Annual returns of the Patna Lunatic Asylum at Bankipore in Bihar and Orissa - 1912-1924
Year: 1912
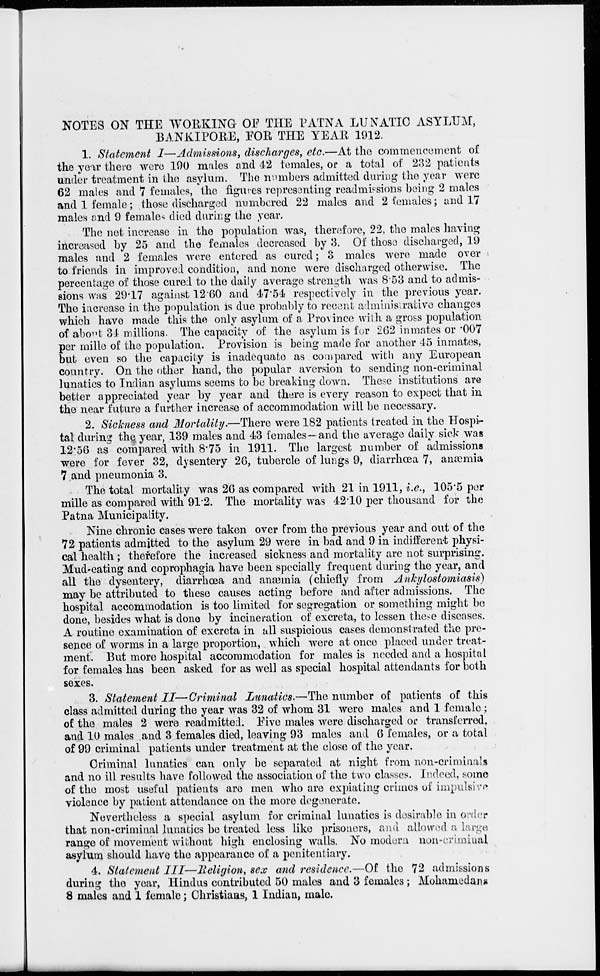
NOTES ON THE WORKING OF THE PATNA LUNATIC ASYLUM,
BANKIPORE, FOR THE YEAR 1912.
1. Statement I—Admissions, discharges, etc.—At the commencement of
the year there were 190 males and 42 females, or a total of 232 patients
under treatment in the asylum. The numbers admitted during the year were
62 males and 7 females, the figures representing readmissions being 2 males
and 1 female ; those discharged numbered 22 males and 2 females ; and 17
males and 9 females died during the year.
The net increase in the population was, therefore, 22, the males having
increased by 25 and the females decreased by 3. Of those discharged, 19
males and 2 females were entered as cured; 3 males were made over
to friends in improved condition, and none were discharged otherwise. The
percentage of those cured to the daily average strength was 8.53 and to admis-
sions was 29.17 against 12.60 and 47.54 respectively in the previous year.
The increase in the population is due probably to recent administrative changes
which have made this the only asylum of a Province with a gross population
of about 34 millions. The capacity of the asylum is for 262 inmates or .007
per mille of the population. Provision is being made for another 45 inmates,
but even so the capacity is inadequate as compared with any European
country. On the other hand, the popular aversion to sending non-criminal
lunatics to Indian asylums seems to be breaking down. These institutions are
better appreciated year by year and there is every reason to expect that in
the near future a further increase of accommodation will be necessary.
2. Sickness and Mortality.—There were 182 patients treated in the Hospi-
tal during the year, 139 males and 43 females—and the average daily sick was
12.56 as compared with 8.75 in 1911. The largest number of admissions
were for fever 32, dysentery 26, tubercle of lungs 9, diarrhœa 7, anæmia
7 and pneumonia 3.
The total mortality was 26 as compared with 21 in 1911, i.e., 105.5 per
mille as compared with 91.2. The mortality was 42.10 per thousand for the
Patna Municipality.
Nine chronic cases were taken over from the previous year and out of the
72 patients admitted to the asylum 29 were in bad and 9 in indifferent physi-
cal health ; therefore the increased sickness and mortality are not surprising.
Mud-eating and coprophagia have been specially frequent during the year, and
all the dysentery, diarrhœa and anæmia (chiefly from
Ankylostomiasis)
may be attributed to these causes acting before and after admissions. The
hospital accommodation is too limited for segregation or something might be
done, besides what is done by incineration of excreta, to lessen these diseases.
A routine examination of excreta in all suspicious cases demonstrated the pre-
sence of worms in a large proportion, which were at once placed under treat-
ment. But more hospital accommodation for males is needed and a hospital
for females has been asked for as well as special hospital attendants for both
sexes.
3. Statement II—Criminal
Lunatics.—The number of patients of this
class admitted during the year was 32 of whom 31 were males and 1 female ;
of the males 2 were readmitted. Five males were discharged or transferred,
and 10 males and 3 females died, leaving 93 males and 6 females, or a total
of 99 criminal patients under treatment at the close of the year.
Criminal lunatics can only be separated at night from non-criminals
and no ill results have followed the association of the two classes. Indeed, some
of the most useful patients are men who are expiating crimes of impulsive
violence by patient attendance on the more degenerate.
Nevertheless a special asylum for criminal lunatics is desirable in order
that non-criminal lunatics be treated less like prisoners, and allowed a large
range of movement without high enclosing walls. No modern non-criminal
asylum should have the appearance of a penitentiary.
4. Statement III—Religion, sex and residence.—Of the 72 admissions
during the year, Hindus contributed 50 males and 3 females ; Mohamedans
8 males and 1 female ; Christians, 1 Indian, male.